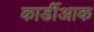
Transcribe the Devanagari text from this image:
कार्डीआक